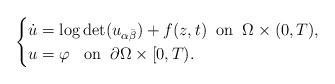
LaTeX: \begin{align*} \begin{cases} \dot{u}=\log\det (u_{\alpha\bar{\beta}})+f(z,t)\;\;\mbox{on}\;\; \Omega\times (0,T),\\ u=\varphi\;\;\;\mbox{on}\;\; \partial\Omega\times [0,T). \end{cases} \end{align*}